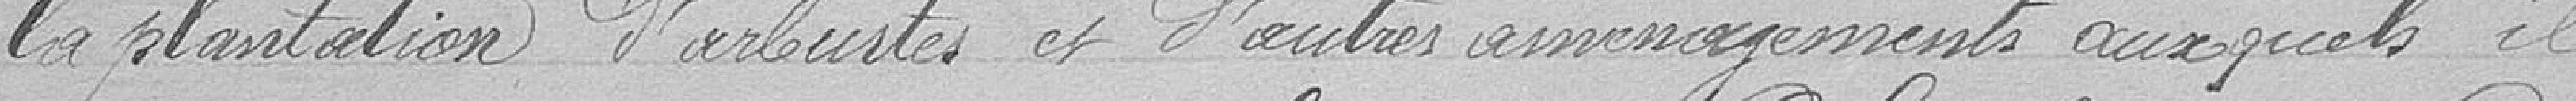
la plantation d'arbustes et d'autres aménagements auxquels